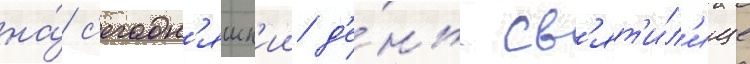
на́ с'егодн'яшн'ии д'е́нь св'ят'и́л'ище